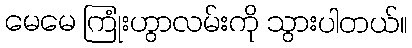
မေမေ ကြုံးဟွာလမ်းကို သွားပါတယ်။